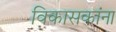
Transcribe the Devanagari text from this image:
विकासकांना